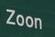
zoon